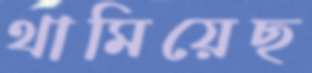
থামিয়েছ